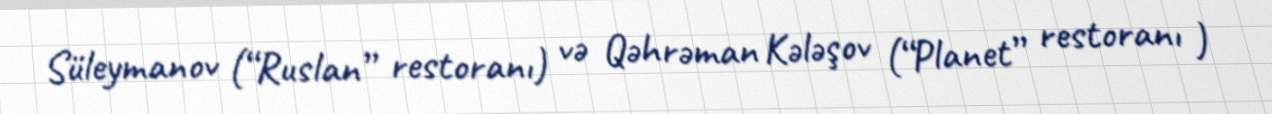
Süleymanov (“Ruslan” restoranı) və Qəhrəman Kələşov (“Planet” restoranı )